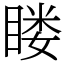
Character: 䁖